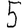
Digit: 5